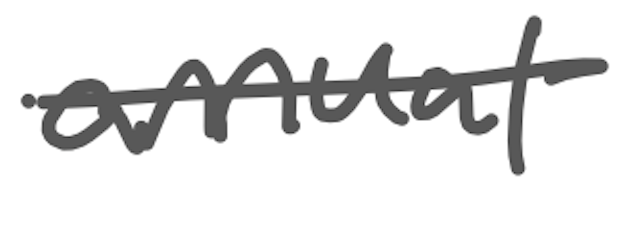
Text: annual
Cross-out: single-line
Writing tool: digital_gray